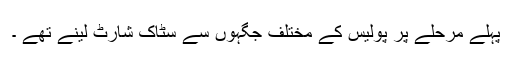
پہلے مرحلے پر پولیس کے مختلف جگہوں سے سٹاک شارٹ لینے تھے ۔